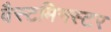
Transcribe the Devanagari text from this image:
वैस्टमिनस्टर